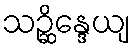
သဉ္ဆိန္ဒေယျ